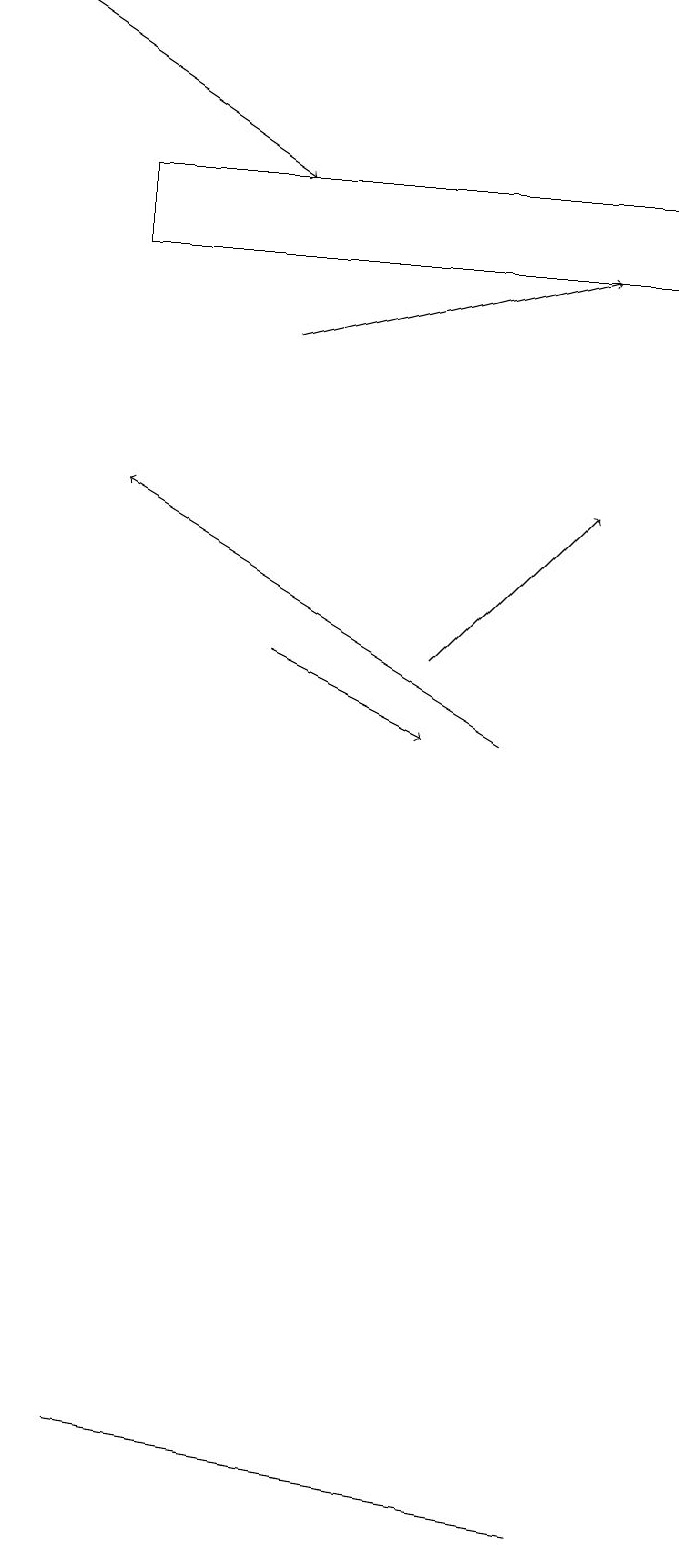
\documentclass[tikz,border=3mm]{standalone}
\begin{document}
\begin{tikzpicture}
\draw[->] (7,10) -- (2,13);
\draw[->] (4,15) -- (8,16);
\draw (2,17) rectangle (9,16);
\draw[->] (1,19) -- (4,17);
\draw (8,0) -- (2,1) -- (8,0) -- cycle;
\draw[->] (4,11) -- (6,10);
\draw[->] (6,11) -- (8,13);
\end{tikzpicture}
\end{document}